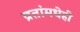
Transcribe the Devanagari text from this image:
व्रतांमधेही